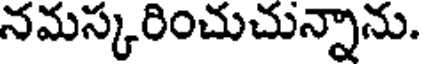
నమస్కరించుచున్నాను.